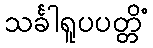
သင်္ခါရူပပတ္တိံ